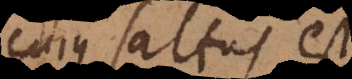
cujus saltus est